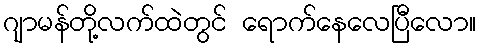
ဂျာမန်တို့လက်ထဲတွင် ရောက်နေလေပြီလော။